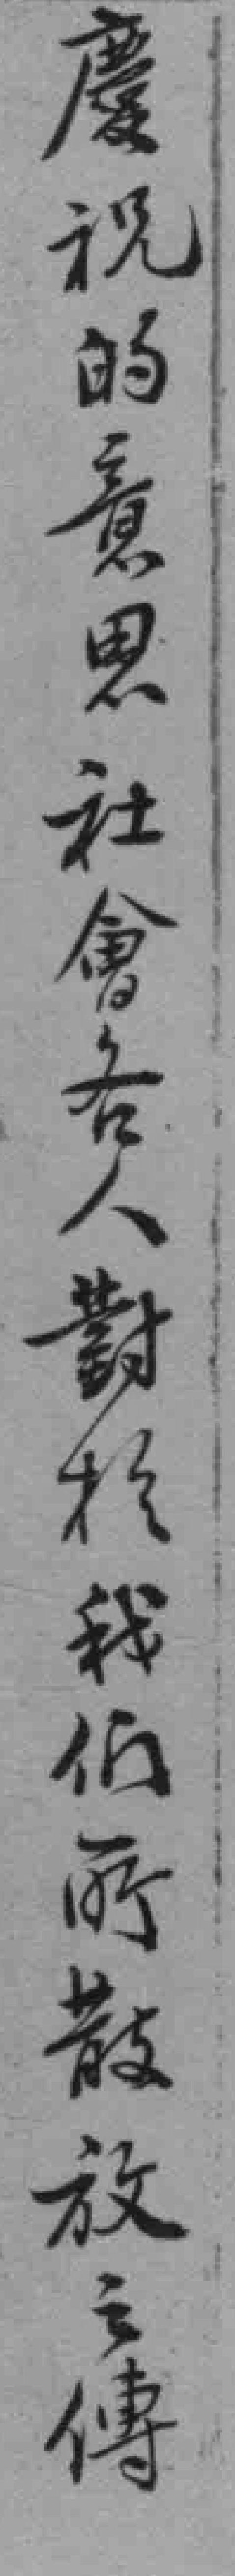
慶祝的意思社會各人對於我们所散放之傳